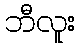
ဘီလူး